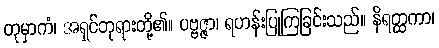
တုမှာကံ၊ အရှင်ဘုရားတို့၏။ ပဗ္ဗဇ္ဇာ၊ ရဟန်းပြုကြခြင်းသည်။ နိရတ္ထကာ၊